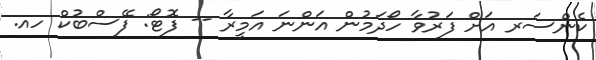
ކެންސަރ އަށް ފަރުވާ ހޯދަމުން އަންނަ އަމީރާ -- ފޮޓޯ: ފޭސްބުކް ހއ.